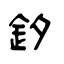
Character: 釸